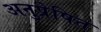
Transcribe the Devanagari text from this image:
अनुप्रेषित